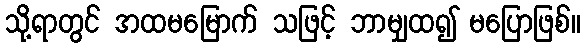
သို့ရာတွင် အထမမြောက် သဖြင့် ဘာမျှထ၍ မပြောဖြစ်။